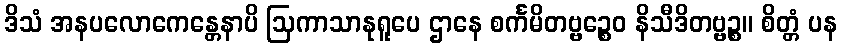
ဒိသံ အနပလောကေန္တေနာပိ ဩကာသာနုရူပေ ဌာနေ စင်္ကမိတဗ္ဗဉ္စေဝ နိသီဒိတဗ္ဗဉ္စ။ စိတ္တံ ပန